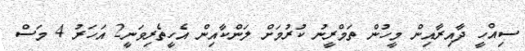
ސިއްހީ ދާއިރާއިން މީހުން ތަމްރީނު ކުރުމަށް ލަންކާއިން އެހީތެރިވަނީ2 އަހަރު 4 މަސް